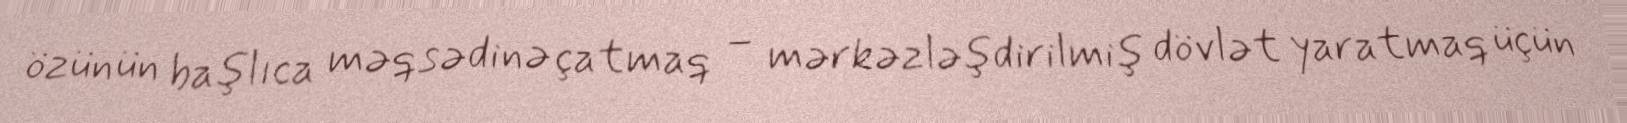
özünün başlıca məqsədinə çatmaq – mərkəzləşdirilmiş dövlət yaratmaq üçün